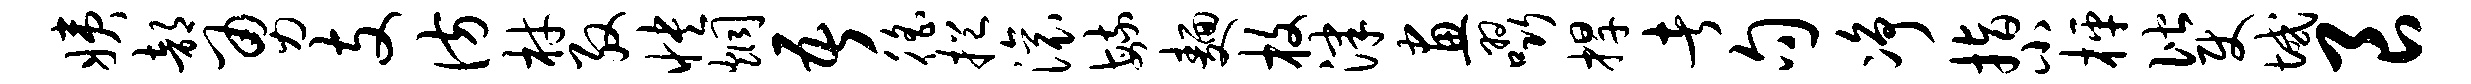
姨部勇支彷材殷怏炯吾徭挹滚毓面枚津画啜捍者句净指小枰偕使域良